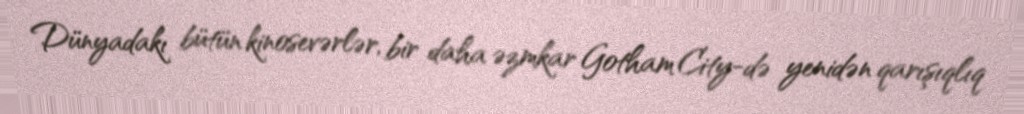
Dünyadakı bütün kinosevərlər, bir daha əzmkar Gotham City-də yenidən qarışıqlıq